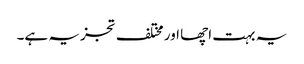
یہ بہت اچھا اور مختلف تجزیہ ہے۔